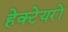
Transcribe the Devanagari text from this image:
हेक्टेयरों